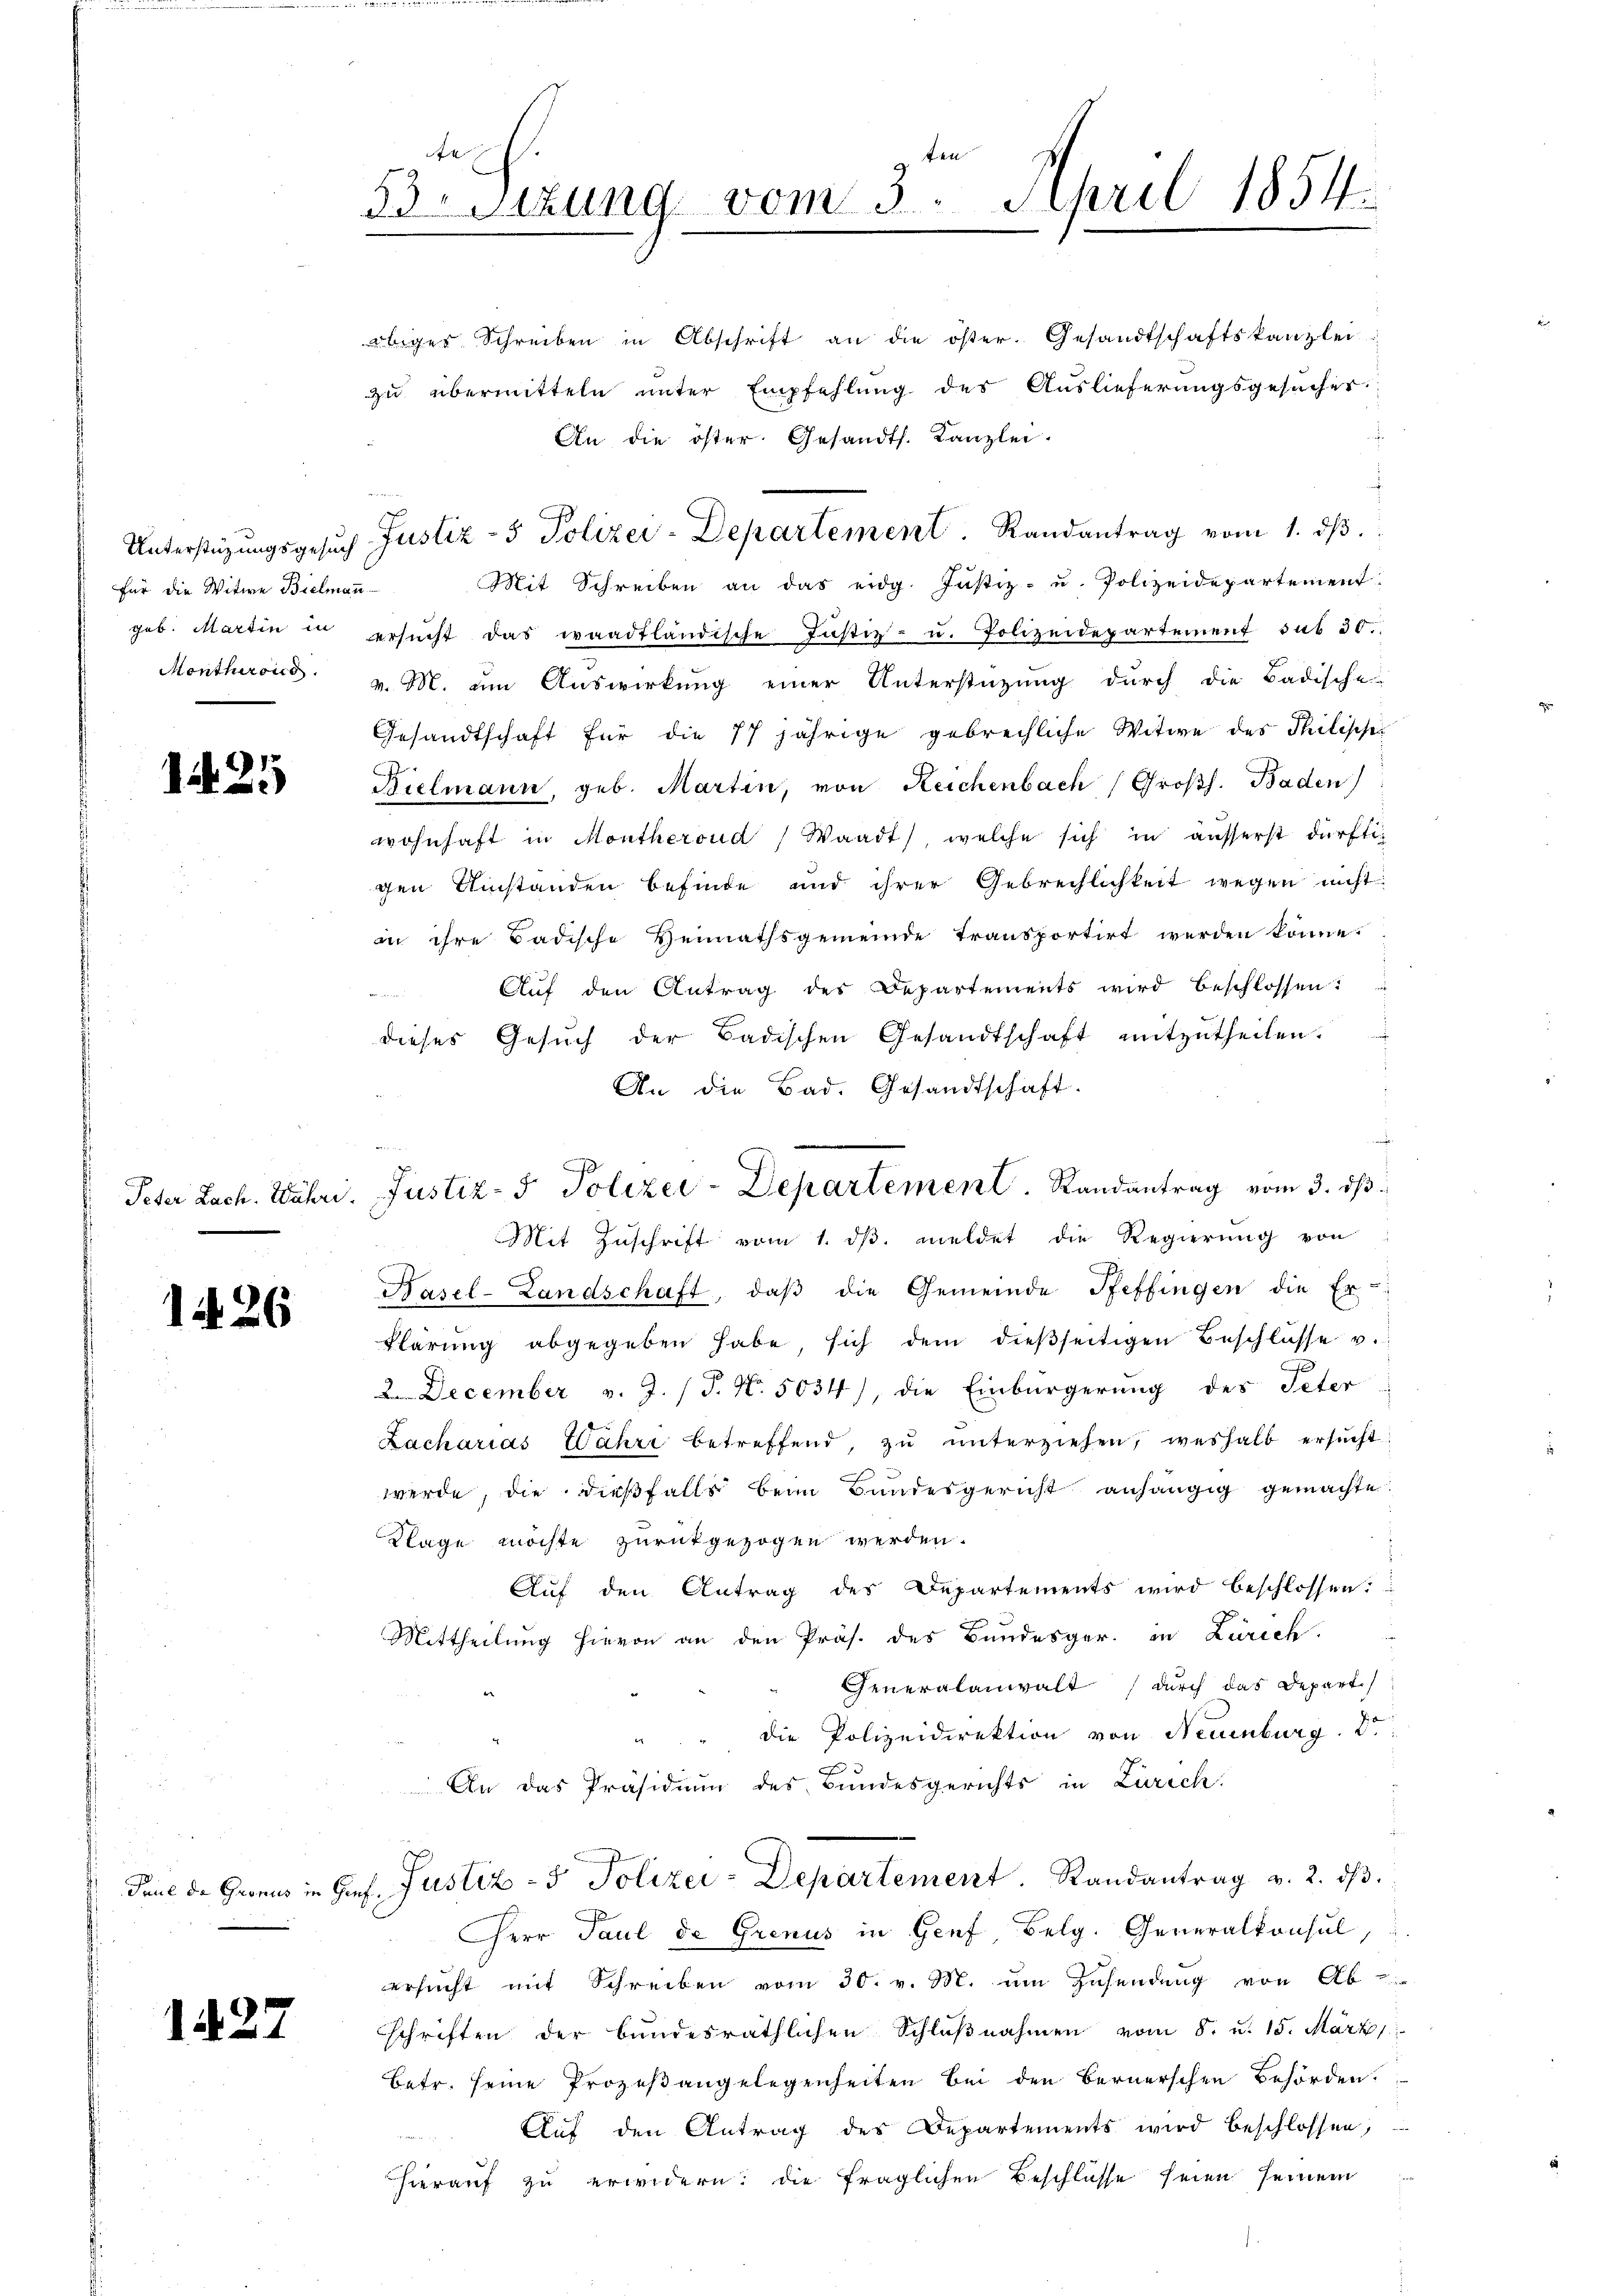
Für die Witwe Bielmann

1425

1. 26

1427

x
33 Stzung vom 3. April 1854.

übiges Schreiben in Abschrift an die öster. Gesandtschaftskanzlei-
zu übermitteln unter Empfehlung des Auslieferungsgesuches
An die öster Gesandts. Kanzlei.
.
Mit Schreiben an das eidg. Justiz- u. Polizeidepartement
geb. Martin in ersŭcht das waadtländische Justiz- u. Polizeidepartement sub 30.
Montheroica v. M. um Auswirkung einer Unterstützung durch die Badische-
Gesandtschaft für die 77 jährige gebrechliche Witwe des Philische

Bielmann, geb. Martin, von Reichenbach (Großh. Baden)
wohnhaft in Montheroud (Waadt, welche sich in äusserst dürftigen Umstanden befinde und ihrer Gebrechlichkeit wegen nicht
in ihre Badische Heimathsgemeinde transportirt werden könne.
Aŭf den Antrag des Departements wird beschlossen:

dieses Gesuch der Badischen Gesandtschaft mitzutheilen.
An die Bad. Gesandtschaft.
Mit Zuschrift vom 1. dβ. meldet die Regierŭng von
Basel-Landschaft, daβ die Gemeinde Pfeffingen die Er-
klärŭng abgegeben habe, sich dem dieβseitigen Beschlüsse u.
2 December v. J. (T. N. 5034), die Einbürgerung des Peter
Zacharias Wahre betreffend, zŭ ŭnterziehen, weshalb ersucht
werde, die dießfalls beim Bundesgericht anhängig gemachte
Klage möchte zurückgezogen werden.
Auf den Antrag des Departements wird beschlossen:
Mittheilung hievon an den Präs. des Bundesger. in Zürich,
Generalanwalt durch das Depart.
die Polizeidirektion von Neuenburg. Do
An das Präsidium des Bundesgerichts in Zürich.
dau de Gronus in Genf. Justiz- & Polizei-Departement. Randantrag v. 2. dβ
Herr Paul de Grenus in Genf, Belg. Generalkonsul
ersucht mit Schreiben vom 30. v. M. um Zusendung von Ab-
schriften der bundesräthlichen Schlŭβnahmen vom 8. u. 15. März
Betr. seine Prozeßangelegenheiten bei den Bernerschen Behörden.
 Aŭf den Antrag des Departements wird beschlossen,
hierauf zu erwidern: die fraglichen Beschlüsse seien seinem

Unterstützŭngsgesŭch Justiz- & Polizei-Departement. Randantrag vom 1. dβ.

Peter Lach. Wahri, Justiz- & Polizei-Departement. Randantrag vom 3. ds.